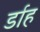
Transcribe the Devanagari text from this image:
र्डाह